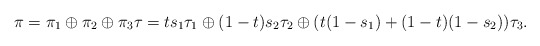
\begin{align*} \pi=\pi_1\oplus \pi_2 \oplus \pi_3 \tau=ts_1\tau_1\oplus(1-t)s_2\tau_2 \oplus (t(1-s_1)+(1-t)(1-s_2)) \tau_3.\end{align*}